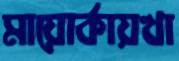
মায়োর্কায়খা